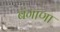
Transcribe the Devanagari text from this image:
बंगाणा